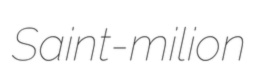
Saint-milion